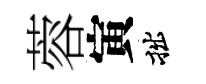
蓉寅拙